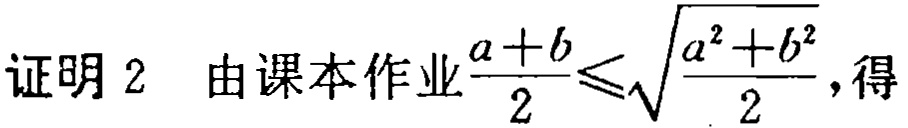
证明 2  由课本作业$\frac{a + b}{2} \leq \sqrt{\frac{a^{2} + b^{2}}{2}}$, 得